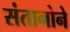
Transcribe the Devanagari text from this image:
संतानोने